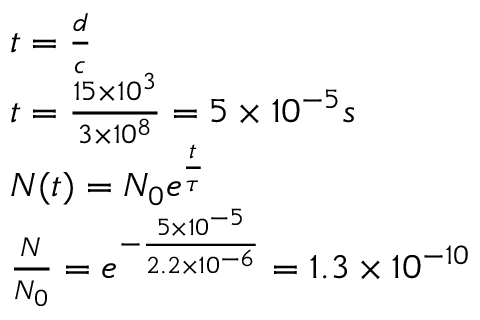
\begin{array} { r l } & { t = \frac { d } { c } } \\ & { t = \frac { 1 5 \times 1 0 ^ { 3 } } { 3 \times 1 0 ^ { 8 } } = 5 \times 1 0 ^ { - 5 } s } \\ & { N ( t ) = N _ { 0 } e ^ { \frac { t } { \tau } } } \\ & { \frac { N } { N _ { 0 } } = e ^ { - \frac { 5 \times 1 0 ^ { - 5 } } { 2 . 2 \times 1 0 ^ { - 6 } } } = 1 . 3 \times 1 0 ^ { - 1 0 } } \end{array}